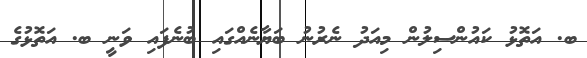
ބ. އަތޮޅު ކައުންސިލުން މިއަދު ނެރުނު ބަޔާނެއްގައި ބުނެފައި ވަނީ ބ. އަތޮޅުގެ